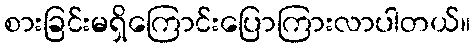
စားခြင်းမရှိကြောင်းပြောကြားလာပါတယ်။